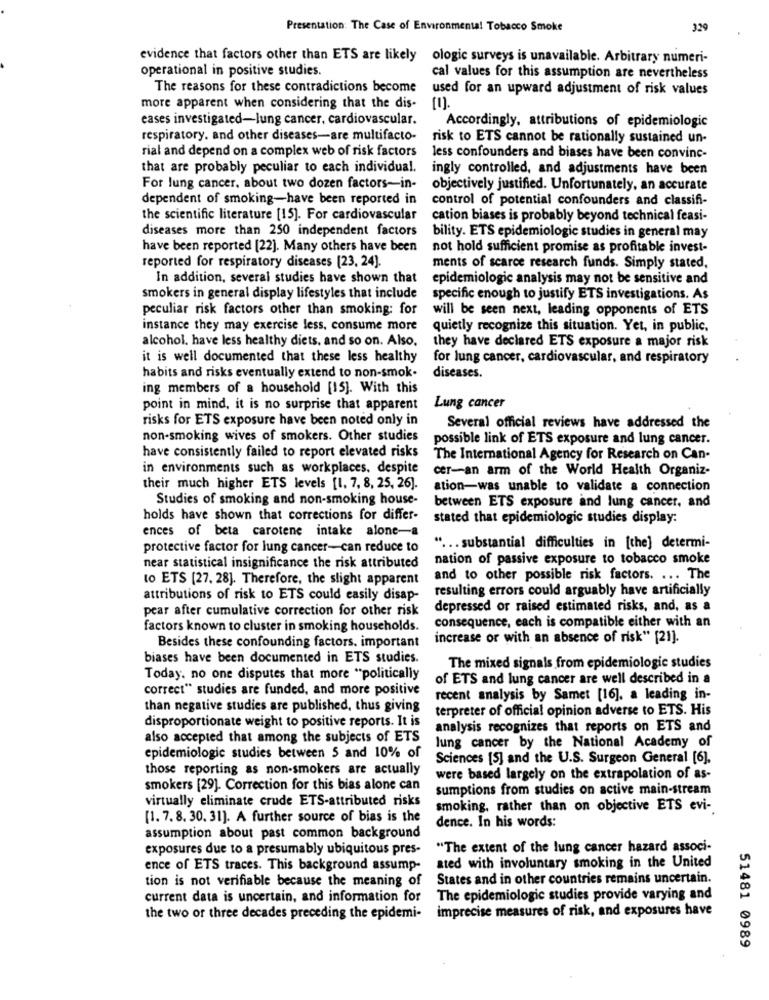
Presentation: The Case of Environmental Tobacco Smoke
329
evidence that factors other than ETS are likely ologic surveys is unavailable. Arbitrary numeri-
operational in positive studies.
cal values for this assumption are nevertheless
The reasons for these contradictions become
used for an upward adjustment of risk values
more apparent when considering that the dis-
eases investigated-lung cancer. cardiovascular.
Accordingly, attributions of epidemiologic
respiratory. and other diseases-are multifacto-
risk to ETS cannot be rationally sustained un-
rial and depend on a complex web of risk factors
less confounders and biases have been convinc-
that are probably peculiar to each individual.
ingly controlled, and adjustments have been
For lung cancer, about two dozen factors-in-
objectively justified. Unfortunately, an accurate
dependent of smoking-have been reported in
control of potential confounders and classifi-
the scientific literature [15]. For cardiovascular
cation biases is probably beyond technical feasi-
diseases more than 250 independent factors
bility. ETS epidemiologic studies in general may
have been reported [22]. Many others have been
not hold sufficient promise as profitable invest-
reported for respiratory diseases [23, 24).
ments of scarce research funds. Simply stated,
In addition, several studies have shown that
epidemiologic analysis may not be sensitive and
smokers in general display lifestyles that include
specific enough to justify ETS investigations. As
peculiar risk factors other than smoking: for
will be seen next, leading opponents of ETS
instance they may exercise less, consume more
quietly recognize this situation. Yet, in public.
alcohol. have less healthy diets, and so on. Also.
they have declared ETS exposure a major risk
it is well documented that these less healthy
for lung cancer, cardiovascular, and respiratory
habits and risks eventually extend to non-smok.
diseases.
ing members of a household [15]. With this
point in mind, it is no surprise that apparent
Lung cancer
risks for ETS exposure have been noted only in
Several official reviews have addressed the
non-smoking wives of smokers. Other studies
possible link of ETS exposure and lung cancer.
have consistently failed to report elevated risks
The International Agency for Research on Can-
in environments such as workplaces, despite
cer-an arm of the World Health Organiz-
their much higher ETS levels [1, 7, 8, 25, 26].
ation-was unable to validate a connection
Studies of smoking and non-smoking house-
between ETS exposure and lung cancer, and
holds have shown that corrections for differ-
stated that epidemiologic studies display:
ences of beta carotene intake alone-
protective factor for lung cancer-can reduce to
" ... substantial difficulties in [the] determi-
nation of passive exposure to tobacco smoke
near statistical insignificance the risk attributed
to ETS [27. 28]. Therefore, the slight apparent
and to other possible risk factors. ... The
resulting errors could arguably have artificially
attributions of risk to ETS could easily disap-
pear after cumulative correction for other risk
depressed or raised estimated risks, and, as a
consequence, each is compatible either with an
factors known to cluster in smoking households.
Besides these confounding factors. important
increase or with an absence of risk" [21].
biases have been documented in ETS studies.
The mixed signals from epidemiologic studies
Today. no one disputes that more "politically
of ETS and lung cancer are well described in a
correct" studies are funded, and more positive
recent analysis by Samet [16], a leading in-
than negative studies are published, thus giving
terpreter of official opinion adverse to ETS. His
disproportionate weight to positive reports. It is
analysis recognizes that reports on ETS and
also accepted that among the subjects of ETS
lung cancer by the National Academy of
epidemiologic studies between 5 and 10% of
Sciences [5] and the U.S. Surgeon General [6],
those reporting as non-smokers are actually
were based largely on the extrapolation of as-
smokers [29]. Correction for this bias alone can
sumptions from studies on active main-stream
virtually eliminate crude ETS-attributed risks
smoking, rather than on objective ETS evi-
[1. 7. 8. 30. 31]. A further source of bias is the
dence. In his words:
assumption about past common background
exposures due to a presumably ubiquitous pres-
"The extent of the lung cancer hazard associ-
ence of ETS traces. This background assump-
ated with involuntary smoking in the United
tion is not verifiable because the meaning of
States and in other countries remains uncertain.
current data is uncertain, and information for
The epidemiologic studies provide varying and
imprecise measures of risk, and exposures have
the two or three decades preceding the epidemi-
51481 0989